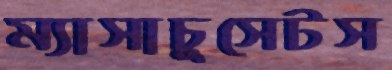
ম্যাসাচুসেটস